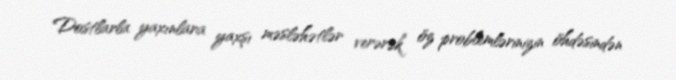
Dostlarla yaxınlara yaxşı məsləhətlər verərək öz problemlərinizin öhdəsindən